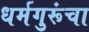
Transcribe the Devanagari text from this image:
धर्मगुरूंचा